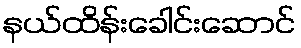
နယ်ထိန်းခေါင်းဆောင်